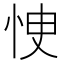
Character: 㤤